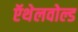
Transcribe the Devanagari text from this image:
ऍथेलवोल्ड